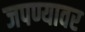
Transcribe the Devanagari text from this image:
जपण्यावर